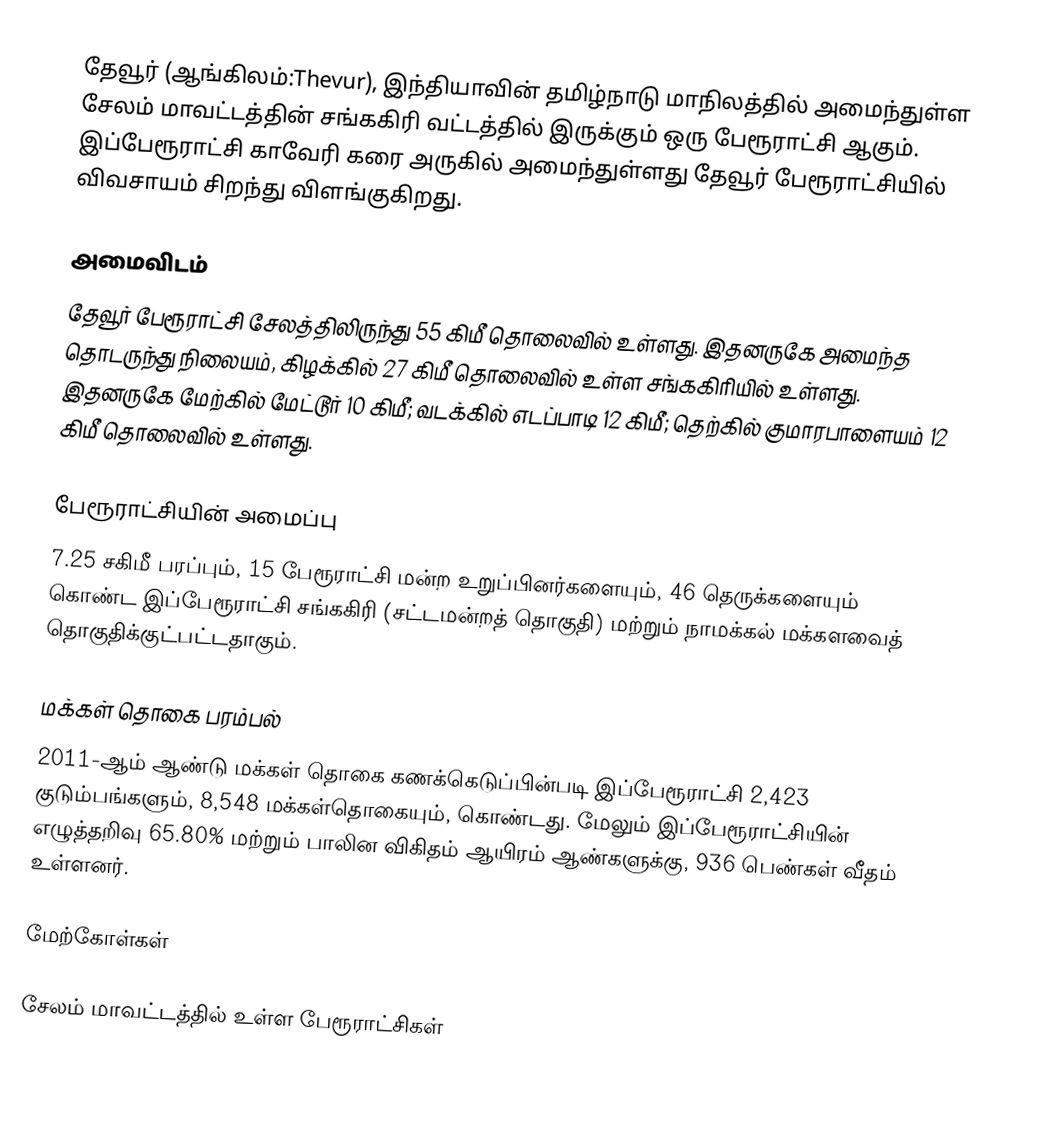
தேவூர் (ஆங்கிலம்:Thevur), இந்தியாவின் தமிழ்நாடு மாநிலத்தில் அமைந்துள்ள சேலம் மாவட்டத்தின் சங்ககிரி வட்டத்தில் இருக்கும் ஒரு பேரூராட்சி ஆகும். இப்பேரூராட்சி காவேரி கரை அருகில் அமைந்துள்ளது தேவூர் பேரூராட்சியில் விவசாயம் சிறந்து விளங்குகிறது.

அமைவிடம்
தேவூர் பேரூராட்சி சேலத்திலிருந்து 55 கிமீ தொலைவில் உள்ளது. இதனருகே அமைந்த தொடருந்து நிலையம், கிழக்கில் 27 கிமீ தொலைவில் உள்ள சங்ககிரியில் உள்ளது. இதனருகே மேற்கில் மேட்டூர் 10 கிமீ; வடக்கில் எடப்பாடி 12 கிமீ; தெற்கில் குமாரபாளையம் 12 கிமீ தொலைவில் உள்ளது.

பேரூராட்சியின் அமைப்பு
7.25 சகிமீ பரப்பும், 15  பேரூராட்சி மன்ற உறுப்பினர்களையும்,  46 தெருக்களையும்  கொண்ட இப்பேரூராட்சி சங்ககிரி (சட்டமன்றத் தொகுதி) மற்றும் நாமக்கல் மக்களவைத் தொகுதிக்குட்பட்டதாகும்.

மக்கள் தொகை பரம்பல்
2011-ஆம் ஆண்டு மக்கள் தொகை கணக்கெடுப்பின்படி  இப்பேரூராட்சி 2,423 குடும்பங்களும்,  8,548 மக்கள்தொகையும், கொண்டது. மேலும் இப்பேரூராட்சியின் எழுத்தறிவு  65.80%    மற்றும்  பாலின விகிதம்  ஆயிரம் ஆண்களுக்கு,  936 பெண்கள் வீதம் உள்ளனர்.

மேற்கோள்கள்

சேலம் மாவட்டத்தில் உள்ள பேரூராட்சிகள்